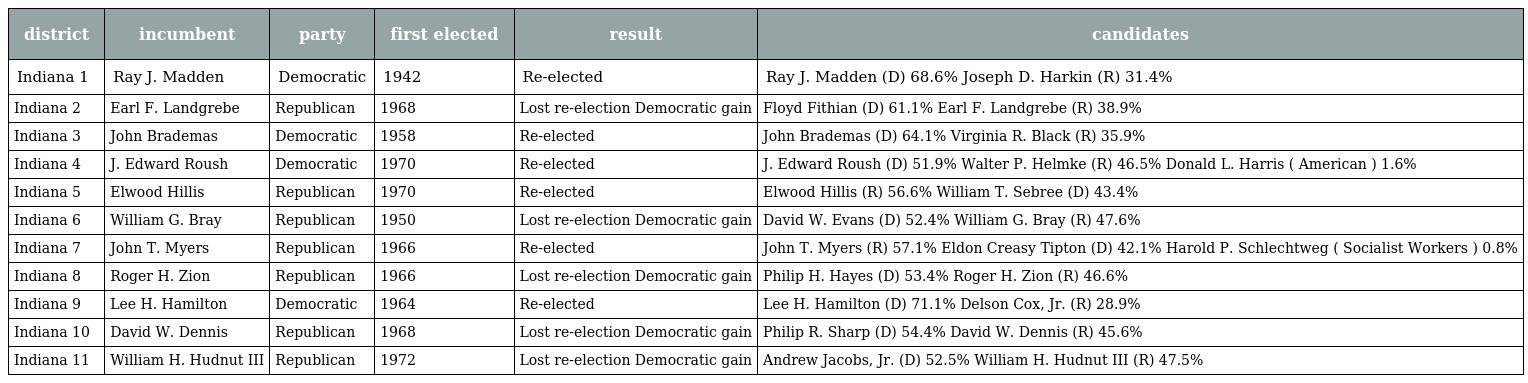
| district | incumbent | party | first elected | result | candidates |
 | --- | --- | --- | --- | --- | --- |
 | Indiana 1 | Ray J. Madden | Democratic | 1942 | Re-elected | Ray J. Madden (D) 68.6% Joseph D. Harkin (R) 31.4% |
 | Indiana 2 | Earl F. Landgrebe | Republican | 1968 | Lost re-election Democratic gain | Floyd Fithian (D) 61.1% Earl F. Landgrebe (R) 38.9% |
 | Indiana 3 | John Brademas | Democratic | 1958 | Re-elected | John Brademas (D) 64.1% Virginia R. Black (R) 35.9% |
 | Indiana 4 | J. Edward Roush | Democratic | 1970 | Re-elected | J. Edward Roush (D) 51.9% Walter P. Helmke (R) 46.5% Donald L. Harris ( American ) 1.6% |
 | Indiana 5 | Elwood Hillis | Republican | 1970 | Re-elected | Elwood Hillis (R) 56.6% William T. Sebree (D) 43.4% |
 | Indiana 6 | William G. Bray | Republican | 1950 | Lost re-election Democratic gain | David W. Evans (D) 52.4% William G. Bray (R) 47.6% |
 | Indiana 7 | John T. Myers | Republican | 1966 | Re-elected | John T. Myers (R) 57.1% Eldon Creasy Tipton (D) 42.1% Harold P. Schlechtweg ( Socialist Workers ) 0.8% |
 | Indiana 8 | Roger H. Zion | Republican | 1966 | Lost re-election Democratic gain | Philip H. Hayes (D) 53.4% Roger H. Zion (R) 46.6% |
 | Indiana 9 | Lee H. Hamilton | Democratic | 1964 | Re-elected | Lee H. Hamilton (D) 71.1% Delson Cox, Jr. (R) 28.9% |
 | Indiana 10 | David W. Dennis | Republican | 1968 | Lost re-election Democratic gain | Philip R. Sharp (D) 54.4% David W. Dennis (R) 45.6% |
 | Indiana 11 | William H. Hudnut III | Republican | 1972 | Lost re-election Democratic gain | Andrew Jacobs, Jr. (D) 52.5% William H. Hudnut III (R) 47.5% |